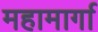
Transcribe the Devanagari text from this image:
महामार्गा